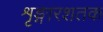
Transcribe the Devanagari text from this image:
शृङ्गारशतक